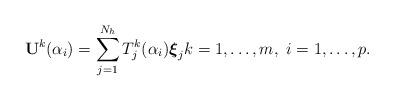
LaTeX: \begin{align*}{\bf U}^k(\alpha_i) = \displaystyle \sum_{j=1}^{N_h} T_j^k(\alpha_i) {\boldsymbol \xi}_j k=1, \ldots, m, \ i=1, \ldots, p.\end{align*}